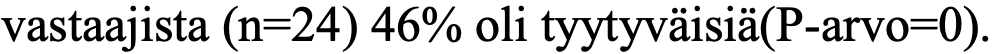
vastaajista (n=24) 46% oli tyytyväisiä(P-arvo=0).